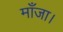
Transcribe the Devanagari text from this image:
माँजा।